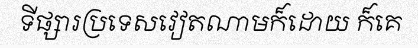
ទីផ្សារប្រទេសវៀតណាមក៏ដោយ ក៏គេ